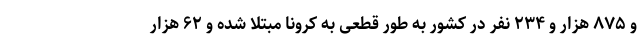
و ۸۷۵ هزار و ۲۳۴ نفر در کشور به طور قطعی به کرونا مبتلا شده و ۶۲ هزار